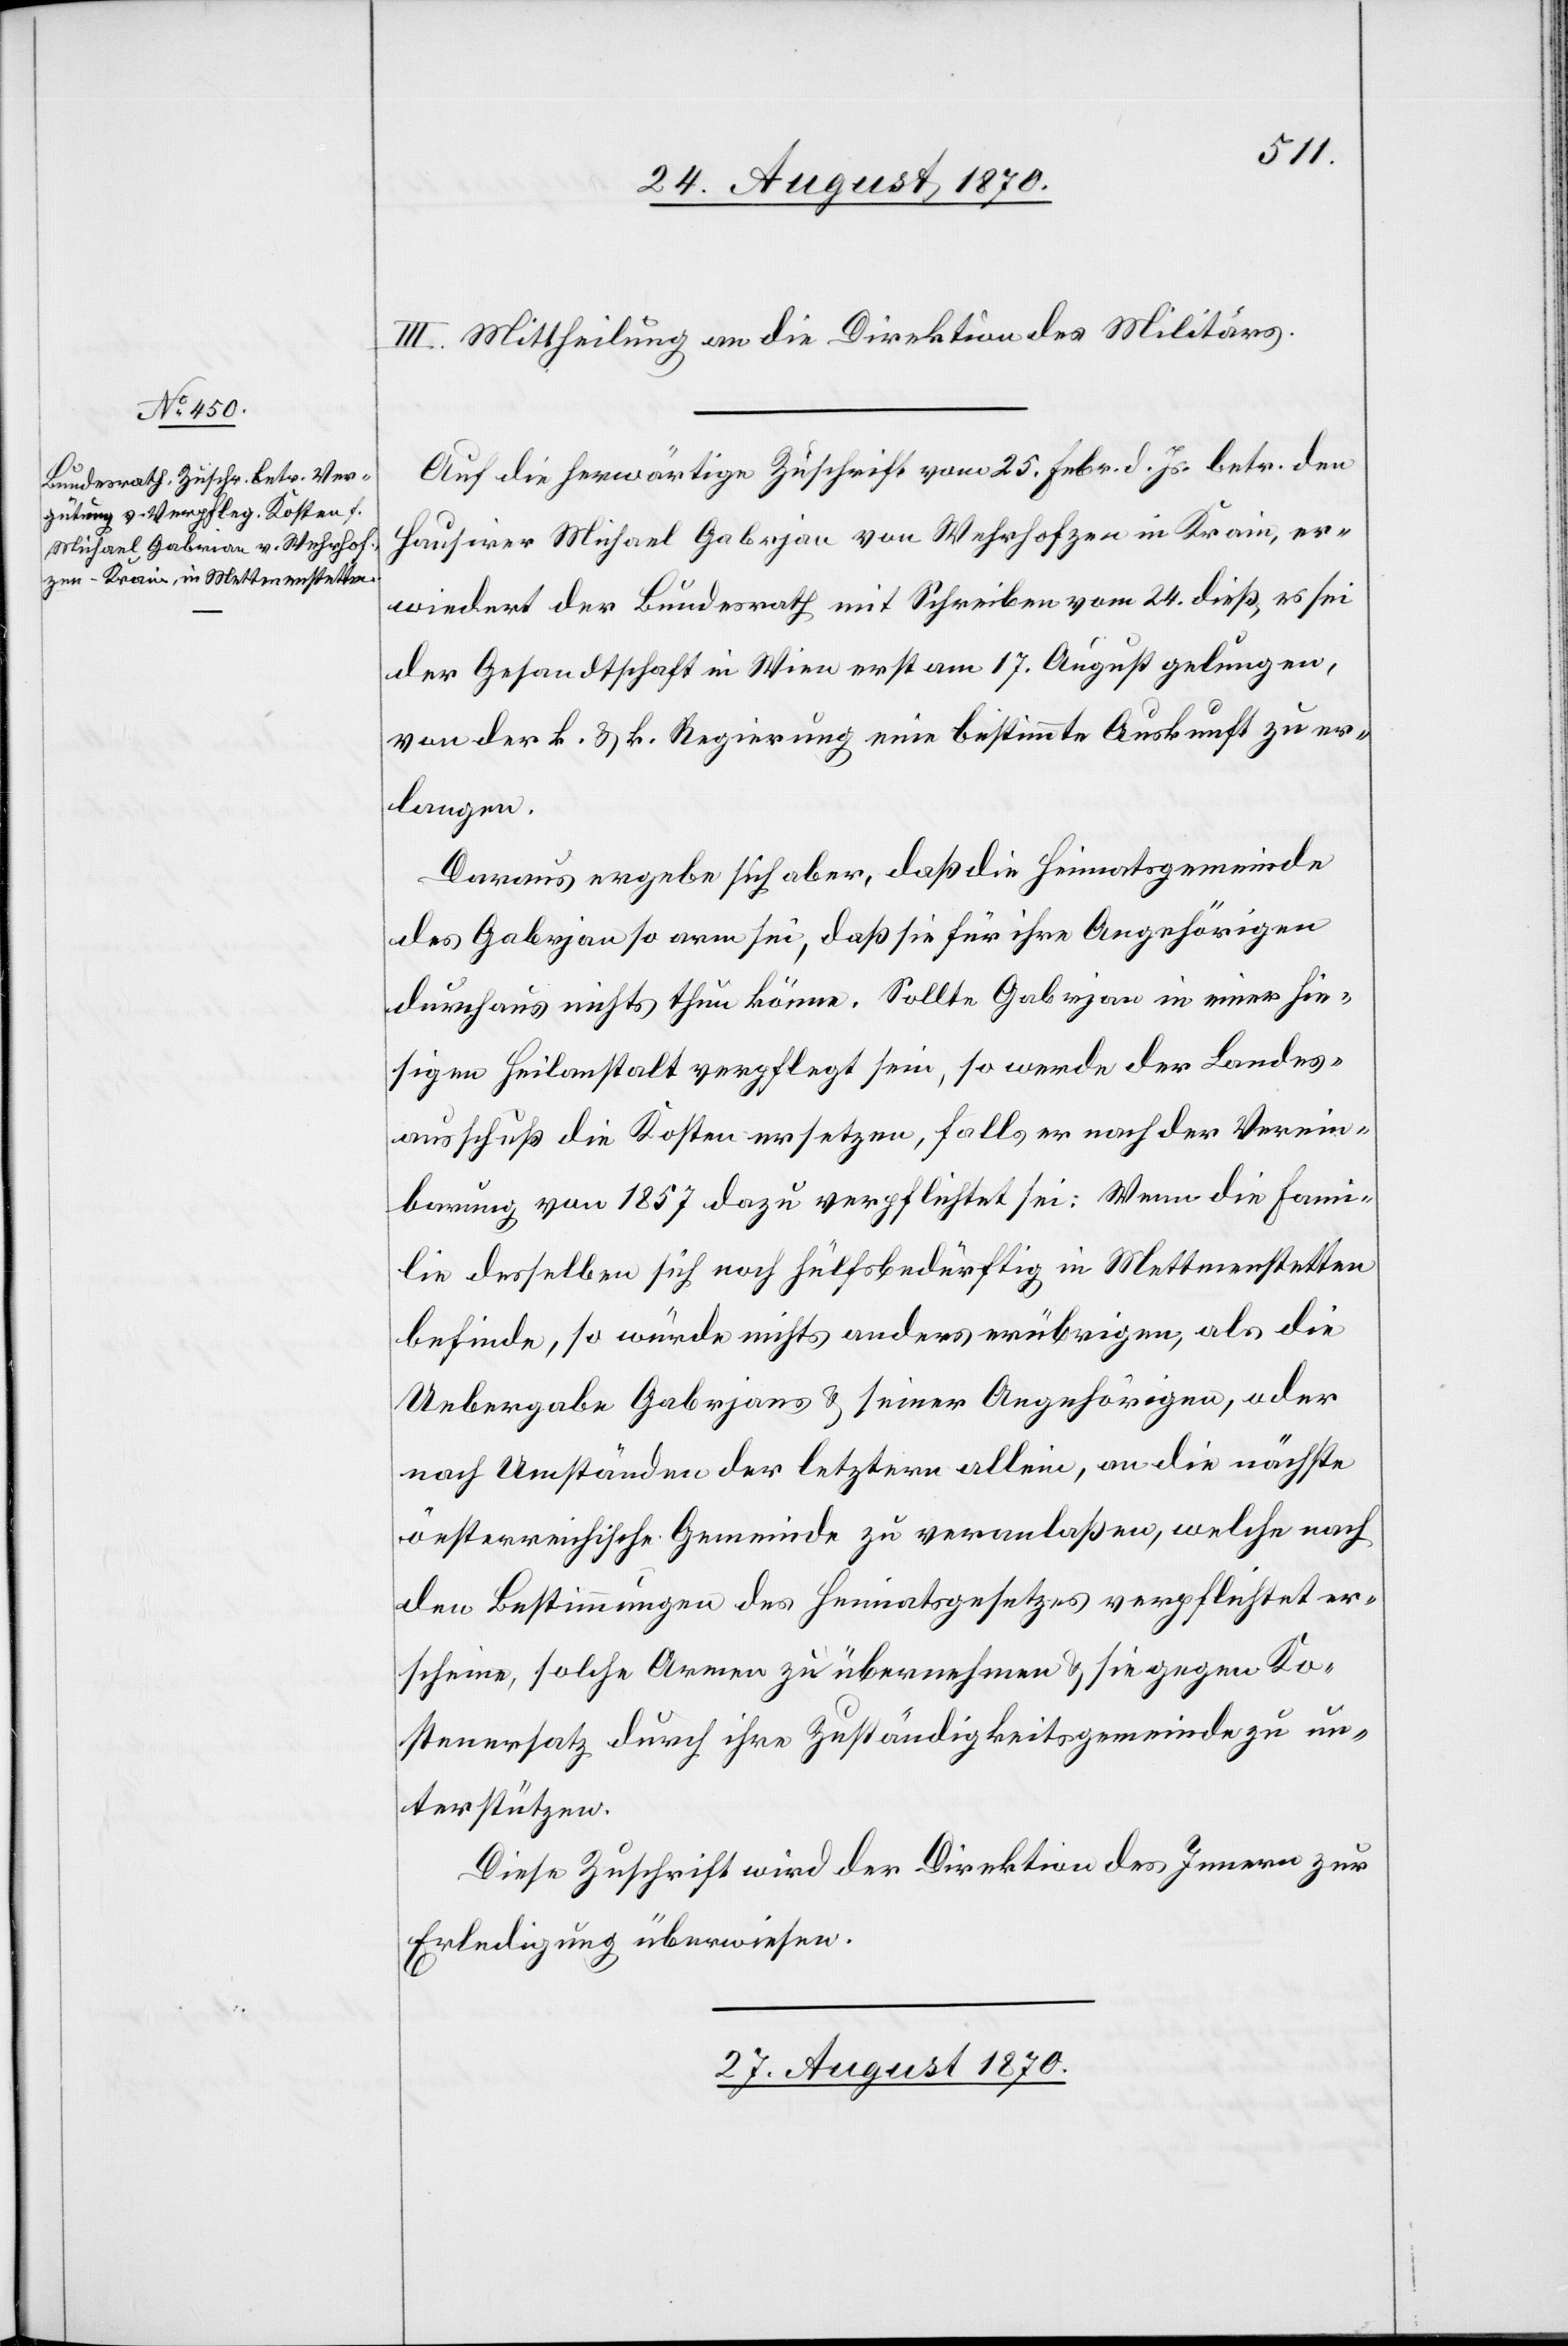
III. Mittheilung an die Direktion des Militärs.
Auf die herwärtige Zuschrift vom 25. Febr. d. Js. betr. den
Hausirer Michael Gabrjan von Wehrhofzen in Krain, er¬
wiedert der Bundesrath mit Schreiben vom 24. dieß, es sei
der Gesandtschaft in Wien erst am 17. August gelungen,
von der k. & k. Regierung eine bestimmte Auskunft zu er¬
langen.
Daraus ergebe sich aber, daß die Heimatsgemeinde
des Gabrjan so arm sei, daß sie für ihre Angehörigen
durchaus nichts thun könne. Sollte Gabrjan in einer hie¬
sigen Heilanstalt verpflegt sein, so werde der Landes¬
ausschuß die Kosten ersetzen, falls er nach der Verein¬
barung von 1857 dazu verpflichtet sei. Wenn die Fami¬
lie desselben sich noch hülfsbedürftig in Mettmenstetten
befinde, so würde nichts anders erübrigen, als die
Uebergabe Gabrjans & seiner Angehörigen, oder
nach Umständen der letztern allein, an die nächste
öesterreichische [sic!] Gemeinde zu veranlaßen, welche nach
den Bestimmungen des Heimatsgesetzes verpflichtet er¬
scheine, solche Armen zu übernehmen & sie gegen Ko¬
stenersatz durch ihre Zuständigkeitsgemeinde zu un¬
terstützen.
Diese Zuschrift wird der Direktion des Innern zur
Erledigung überwiesen.
27. August 1870.